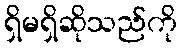
ရှိမရှိဆိုသည်ကို